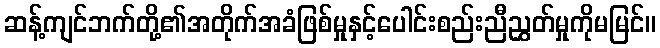
ဆန့်ကျင်ဘက်တို့၏အတိုက်အခံဖြစ်မှုနှင့်ပေါင်းစည်းညီညွှတ်မှုကိုမမြင်။